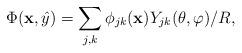
LaTeX: \begin{align*}\Phi({\bf x},\hat{y})=\sum_{j,k}\phi_{jk}({\bf x})Y_{jk}(\theta,\varphi)/R,\end{align*}